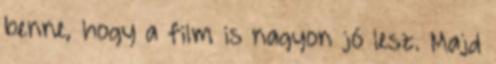
benne, hogy a film is nagyon jó lesz. Majd